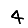
Digit: 4